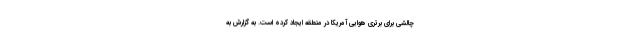
چالشی برای برتری هوایی آمریکا در منطقه ایجاد کرده است. به گزارش به